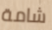
شامة